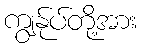
ကျွန်ုပ်တို့အား